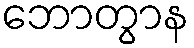
ဘောတွာန